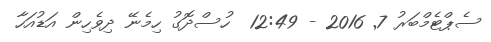
ސެޕްޓެމްބަރު 7